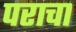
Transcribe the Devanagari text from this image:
पराचा